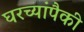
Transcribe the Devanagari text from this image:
घरच्यांपैकी